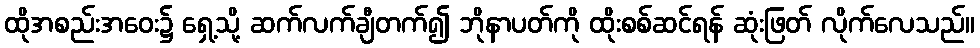
ထိုအစည်းအဝေး၌ ရှေ့သို့ ဆက်လက်ချီတက်၍ ဘိုနာပတ်ကို ထိုးစစ်ဆင်ရန် ဆုံးဖြတ် လိုက်လေသည်။